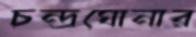
চন্দ্রঘোনার